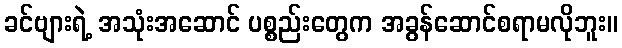
ခင်ဗျားရဲ့ အသုံးအဆောင် ပစ္စည်းတွေက အခွန်ဆောင်စရာမလိုဘူး။